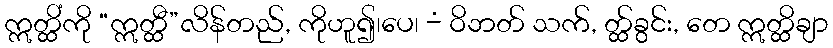
ဣတ္ထိံကို “ဣတ္ထီ”လိန်တည်, ကိုဟူ၍၊ပေ၊ -ံ ဝိဘတ် သက်, တ္ထ်ခွင်း, တေ ဣတ္ထိချာ